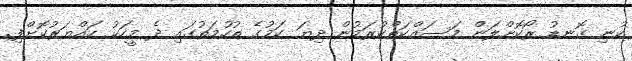
ކުނި ގޮނޑު ރޯކޮށްލަން މަސައްކަތްކުރަމުން ދިޔަ ކަމުގެ ތުހުމަތުގައި ދެ މީހަކު ހައްޔަރުކޮށްފި.